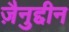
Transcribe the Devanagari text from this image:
ज़ैनुद्दीन